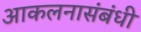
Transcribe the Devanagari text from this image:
आकलनासंबंधी